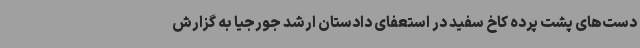
دست‌های پشت پرده کاخ سفید در استعفای دادستان ارشد جورجیا به گزارش